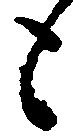
も